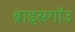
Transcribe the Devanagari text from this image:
ब्राइसगॉउ